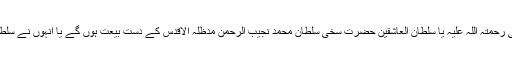
”تحریک دعوتِ فقر” میں وہی لوگ شامل تصور ہوں گے جو سلطان الفقر حضرت سخی سلطان محمد اصغر علی رحمتہ اللہ علیہ یا سلطان العاشقین حضرت سخی سلطان محمد نجیب الرحمن مدظلہ الاقدس کے دستِ بیعت ہوں گے یا انہوں نے سلطان العاشقین حضرت سخی سلطان محمد نجیب الرحمن مدظلہ الاقدس سے ذکر و تصور اسم ذات حاصل کیا ہوگا۔